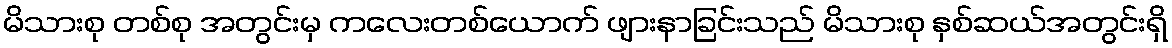
မိသားစု တစ်စု အတွင်းမှ ကလေးတစ်ယောက် ဖျားနာခြင်းသည် မိသားစု နှစ်ဆယ်အတွင်းရှိ